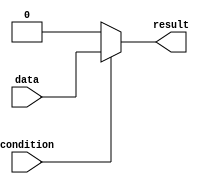
module if_else_statement (
    input wire condition,
    input wire data,
    output reg result
);

always @(*) begin
    if (~condition) begin
        // If the condition is false
        result = 1'b0; // execute this statement
    end else begin
        // If the condition is true
        result = data; // execute this statement instead
    end
end

endmodule